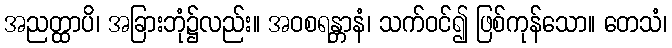
အညတ္ထာပိ၊ အခြားဘုံ၌လည်း။ အဝစရန္တာနံ၊ သက်ဝင်၍ ဖြစ်ကုန်သော။ တေသံ၊